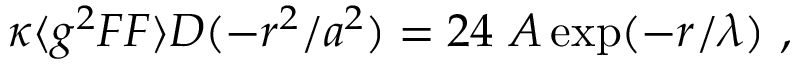
\kappa \langle g ^ { 2 } F F \rangle D ( - r ^ { 2 } / a ^ { 2 } ) = 2 4 ~ A \exp ( - r / \lambda ) ~ ,